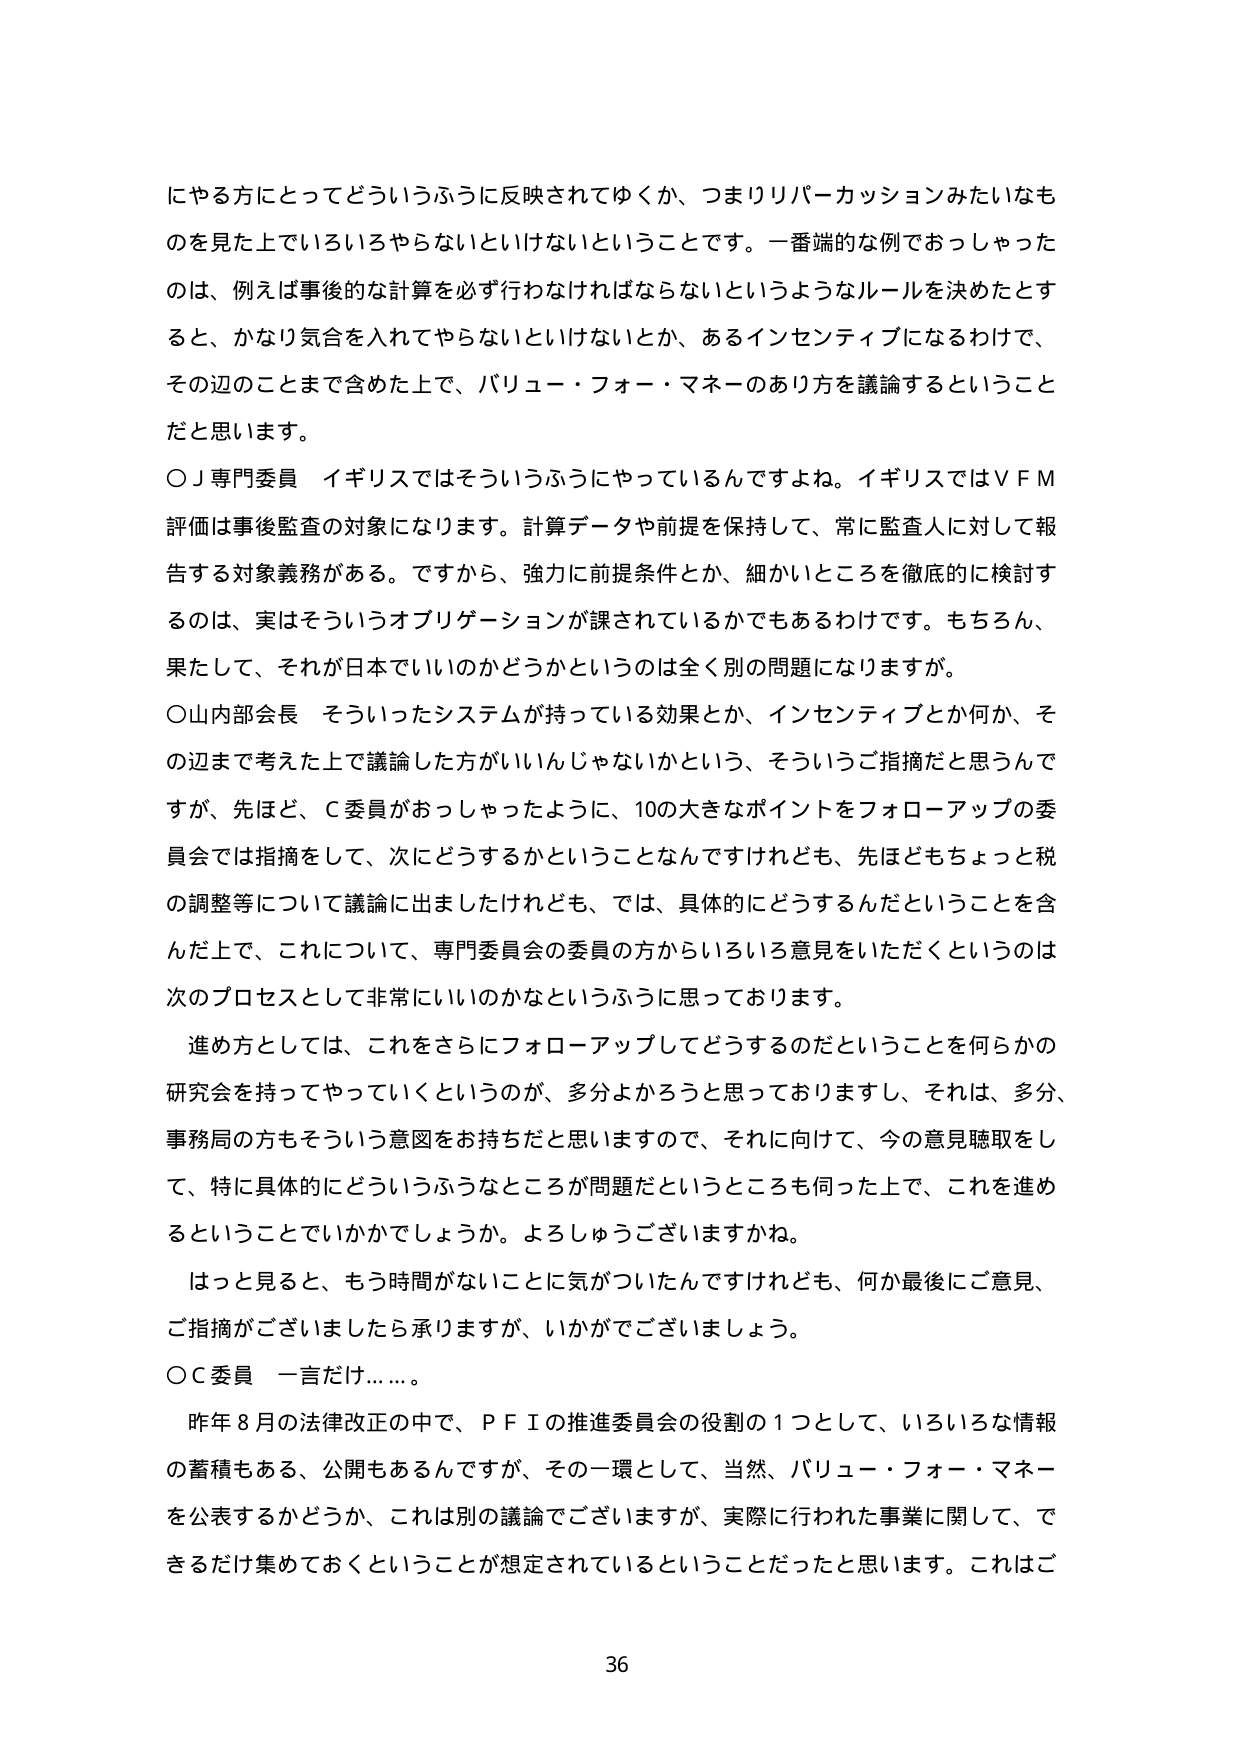
にやる方にとってどういうふうに反映されてゆくか、つまりリバーカッションみたいなものを見た上でいろいろやらないといけないということです。一番端的な例でおっしゃったのは、例えば事後的な計算を必ず行わなければならないというようなルールを決めたとすると、かなり気合を入れてやらないといけないとか、あるインセンティブになるわけで、その辺のことまで含めた上で、バリュー・フォー・マネーのあり方を議論するということだと思います。

○Ｊ専門委員　イギリスではそういうふうにやっているんですよね。イギリスではＶＦＭ評価は事後監査の対象になります。計算データや前提を保持して、常に監査人に対して報告する対象義務がある。ですから、強力に前提条件とか、細かいところを徹底的に検討するのは、実はそういうオブリゲーションが課されているかでもあるわけです。もちろん、果たして、それが日本でいいのかどうかというのは全く別の問題になりますが。

○山内部会長　そういったシステムが持っている効果とか、インセンティブとか何か、その辺まで考えた上で議論した方がいいんじゃないかなという、そういうご指摘だと思うんですが、先ほど、Ｃ委員がおっしゃったように、10の大きなポイントをフォローアップの委員会では指摘をして、次にどうするかということなんですけれども、先ほどもちょっと税の調整等について議論に出ましたけれども、では、具体的にどうするんだということを含んだ上で、これについて、専門委員会の委員の方からいろいろ意見をいただくというのは次のプロセスとして非常にいいのかなというふうに思っております。

進み方としては、これをさらにフォローアップしてどうするのだということを何らかの研究会を持ってやっていくというのが、多分よかろうと思っておりますし、それは、多分、事務局の方もそういう意図をお持ちだと思いますので、それに向けて、今の意見聴取をして、特に具体的にどういうふうなところが問題だというところも伺った上で、これを進めるということでいかかでしょうか。よろしうございますかね。

はっと見ると、もう時間がないことに気がついたんですけども、何か最後にご意見、ご指摘がございましたら承りますが、いかがでございますしょう。

○Ｃ委員　一言だけ……。

昨年８月の法律改正の中で、ＰＦＩの推進委員会の役割の１つとして、いろいろな情報の蓄積もある、公開もあるんですが、その一環として、当然、バリュー・フォー・マネーを公表するかどうか、これは別の議論でございますが、実際に行われた事業に関して、できるだけ集めておくということが想定されているということだったと思います。これはご

36